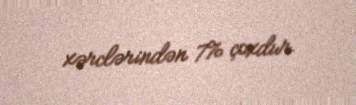
xərclərindən 7% çoxdur.